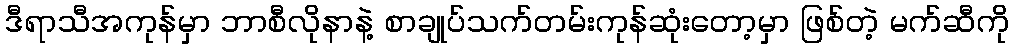
ဒီရာသီအကုန်မှာ ဘာစီလိုနာနဲ့ စာချုပ်သက်တမ်းကုန်ဆုံးတော့မှာ ဖြစ်တဲ့ မက်ဆီကို